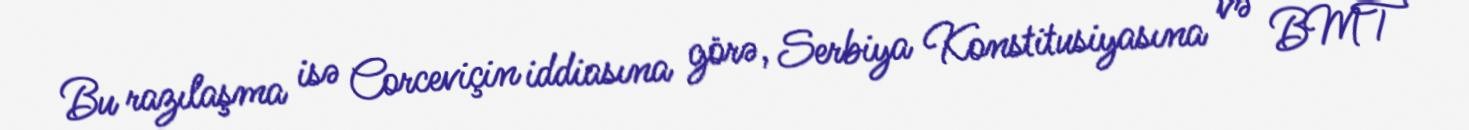
Bu razılaşma isə Corceviçin iddiasına görə, Serbiya Konstitusiyasına və BMT